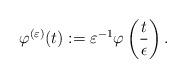
LaTeX: \begin{align*} \varphi^{(\varepsilon)}(t) := \varepsilon^{-1} \varphi\left(\frac{t}{\epsilon}\right).\end{align*}